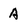
Character: A